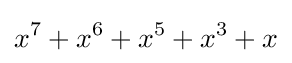
x^{7}+x^{6}+x^{5}+x^{3}+x